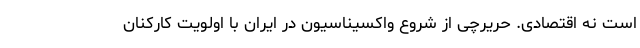
است نه اقتصادی. حریرچی از شروع واکسیناسیون در ایران با اولویت کارکنان